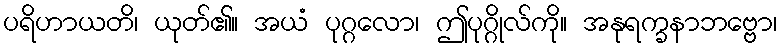
ပရိဟာယတိ၊ ယုတ်၏။ အယံ ပုဂ္ဂလော၊ ဤပုဂ္ဂိုလ်ကို။ အနုရက္ခနာဘဗ္ဗော၊